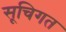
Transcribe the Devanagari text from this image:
सूचिगत